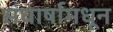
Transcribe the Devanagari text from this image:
संघार्षामधून